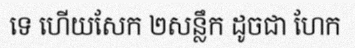
ទេ ហើយសែក ២សន្លឹក ដូចជា ហែក